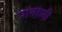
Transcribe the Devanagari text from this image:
प्रांतांशी